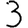
Digit: 3